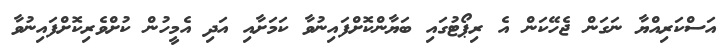
އަސްކަރިއްޔާ ނަގަން ޖެހޭކަން އެ ރިޕޯޓުގައި ބަޔާންކޮށްފައިނުވާ ކަމަށާއި އަދި އެމީހުން ކުށްވެރިކޮށްފައިނުވާ